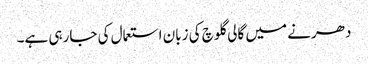
دھرنے میں گالی گلوچ کی زبان استعمال کی جارہی ہے۔